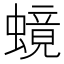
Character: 𬠧